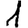
Digit: 1